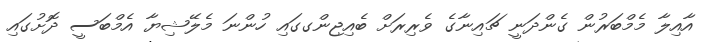
އާއިލާ މެމްބަރުން ގެންދަނީ ޗައިނާގެ ވެރިރަށް ބެއިޖިންގގައި ހުންނަ މެލޭޝިޔާ އެމްބަސީ ދޮށުގައި